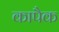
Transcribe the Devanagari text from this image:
कापैक